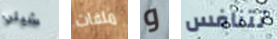
شيلي ملفات و تتنافس